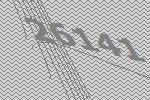
26141